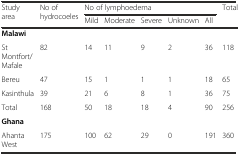
<table><thead><tr><td rowspan="2"><b>Study area</b></td><td rowspan="2"><b>No of hydrocoeles</b></td><td colspan="5"><b>No of lymphoedema</b></td><td><b>Total</b></td></tr><tr><td><b>Mild</b></td><td><b>Moderate</b></td><td><b>Severe</b></td><td><b>Unknown</b></td><td><b>All</b></td><td></td></tr></thead><tbody><tr><td><b>Malawi</b></td><td></td><td></td><td></td><td></td><td></td><td></td><td></td></tr><tr><td>St Montfort/Mafale</td><td>82</td><td>14</td><td>11</td><td>9</td><td>2</td><td>36</td><td>118</td></tr><tr><td>Bereu</td><td>47</td><td>15</td><td>1</td><td>1</td><td>1</td><td>18</td><td>65</td></tr><tr><td>Kasinthula</td><td>39</td><td>21</td><td>6</td><td>8</td><td>1</td><td>36</td><td>75</td></tr><tr><td>Total</td><td>168</td><td>50</td><td>18</td><td>18</td><td>4</td><td>90</td><td>256</td></tr><tr><td><b>Ghana</b></td><td></td><td></td><td></td><td></td><td></td><td></td><td></td></tr><tr><td>Ahanta West</td><td>175</td><td>100</td><td>62</td><td>29</td><td>0</td><td>191</td><td>360</td></tr></tbody></table>